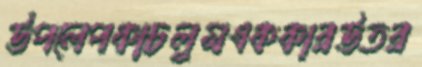
উপলেপকাচলুমএককারউতর